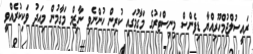
ރައީސުލްޖުމްހޫރިއްޔާ ޑިފެންސް މިނިސްޓަރުގެ މަގާމުގައި ކުރިން ހުންނެވި ނާޒިމް މަގާމުން މިއަދު ވަކިކުރެއްވީ